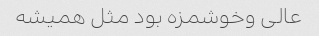
عالی وخوشمزه بود مثل همیشه